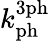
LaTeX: k_{\mathrm{ph}}^{\mathrm{3ph}}